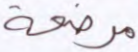
مرضعة